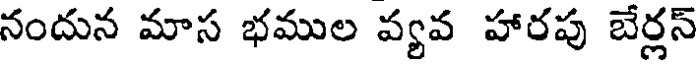
నందున మాస భముల వ్యవ హారపు బేర్లన్